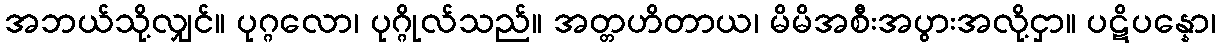
အဘယ်သို့လျှင်။ ပုဂ္ဂလော၊ ပုဂ္ဂိုလ်သည်။ အတ္တဟိတာယ၊ မိမိအစီးအပွားအလို့ငှာ။ ပဋိပန္နော၊